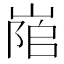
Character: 𡺇